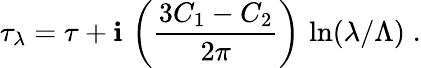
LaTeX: \tau_{\lambda}=\tau+\mathbf{i}\, \left(\frac{{3C_{1}-C_{2}}}{{2\pi}}\right)\, \ln(\lambda/\Lambda)\; .